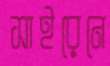
সাইরেনে